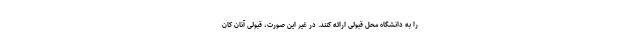
را به دانشگاه محل قبولی ارائه کنند. در غیر این صورت، قبولی آنان کان